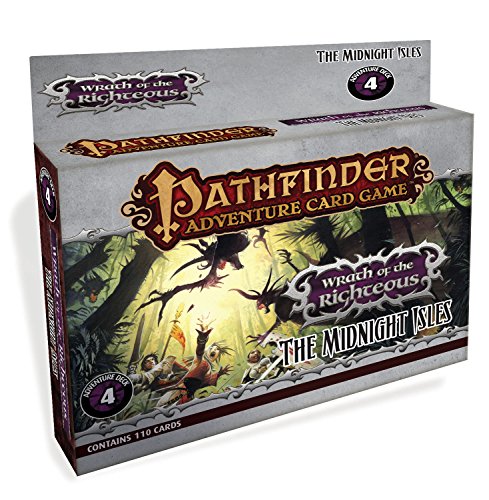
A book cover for Pathfinder Adventure Card Game: Wrath of the Righteous Adventure Deck 4 - The Midnight Isles; Mike Selinker; Science Fiction & Fantasy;